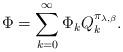
LaTeX: \begin{align*}\Phi=\sum_{k=0}^{\infty}\Phi_{k}Q_{k}^{\pi_{\lambda,\beta}}.\end{align*}